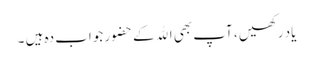
یاد رکھیں ، آپ بھی اﷲکے حضور جواب دہ ہیں ۔